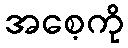
အစေ့ကို